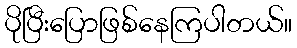
ပိုပြီးပြောဖြစ်နေကြပါတယ်။